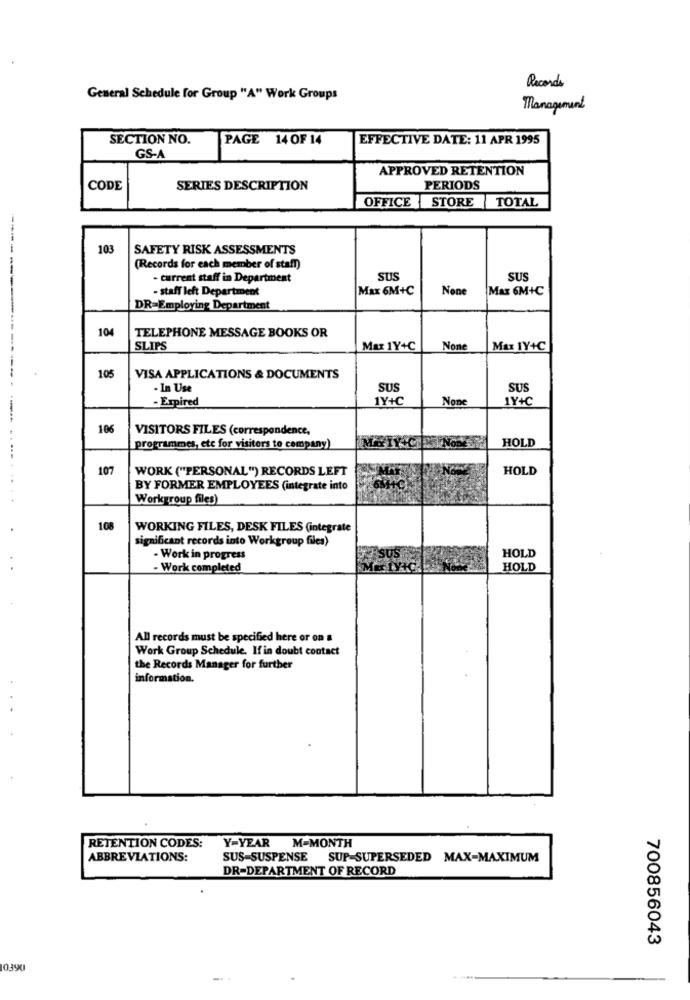
Records
General Schedule for Group "A" Work Groups
Management
SECTION NO.
PAGE 14 OF 14
EFFECTIVE DATE: 11 APR 1995
GS-A
APPROVED RETENTION
CODE
SERIES DESCRIPTION
PERIODS
OFFICE STORE TOTAL
103
SAFETY RISK ASSESSMENTS
(Records for each member of staff)
- current staff in Department
SUS
SUS
- staff left Department
Max 6M+C
Max 6M+C
DR=Employing Department
104
TELEPHONE MESSAGE BOOKS OR
SLIPS
Mar 1Y+C
Max 1Y+C
105
VISA APPLICATIONS & DOCUMENTS
- In Use
SUS
SUS
- Expired
1Y+C
1Y+C
-------------------
106
VISITORS FILES (correspondence,
HOLD
programmes, etc for visitors to company)
NoDES
107
WORK ("PERSONAL") RECORDS LEFT
HOLD
BY FORMER EMPLOYEES (integrate into
Workgroup files)
108
WORKING FILES, DESK FILES (integrate
significant records into Workgroup files)
- Work in progress
HOLD
- Work completed
HOLD
All records must be specified here or on a
Work Group Schedule. If in doubt contact
the Records Manager for further
information.
Y-YEAR M-MONTH
RETENTION CODES:
ABBREVIATIONS:
SUS-SUSPENSE SUP-SUPERSEDED MAX-MAXIMUM
DR-DEPARTMENT OF RECORD
700856043
10390